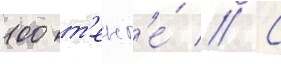
100 т'енг'е́ // С